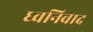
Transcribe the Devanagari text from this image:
ध्वनिवाद